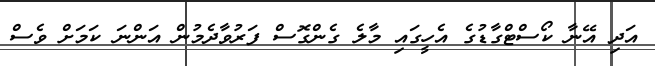
އަދި އޭނާ ކޯސްޓްގާޑުގެ އެހީގައި މާލެ ގެންގޮސް ފަރުވާދެމުން އަންނަ ކަމަށް ވެސް